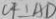
C F \bot A D